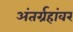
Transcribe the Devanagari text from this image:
अंतर्ग्रहांवर